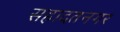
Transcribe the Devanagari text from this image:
सहादतनगर